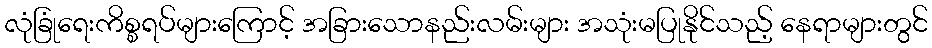
လုံခြုံရေးကိစ္စရပ်များကြောင့် အခြားသောနည်းလမ်းများ အသုံးမပြုနိုင်သည့် နေရာများတွင်